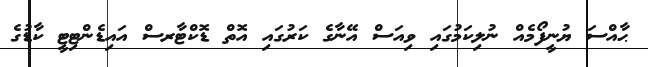
ޙާއްސަ ޔުނީފޯމެއް ނުލިކަމުގައި ވިއަސް އޭނާގެ ކަރުގައި އޮތް ޑޮކްޓާރސް އައިޑެންޓިޓީ ކާޑުގެ